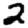
Digit: 2